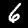
Label: 6